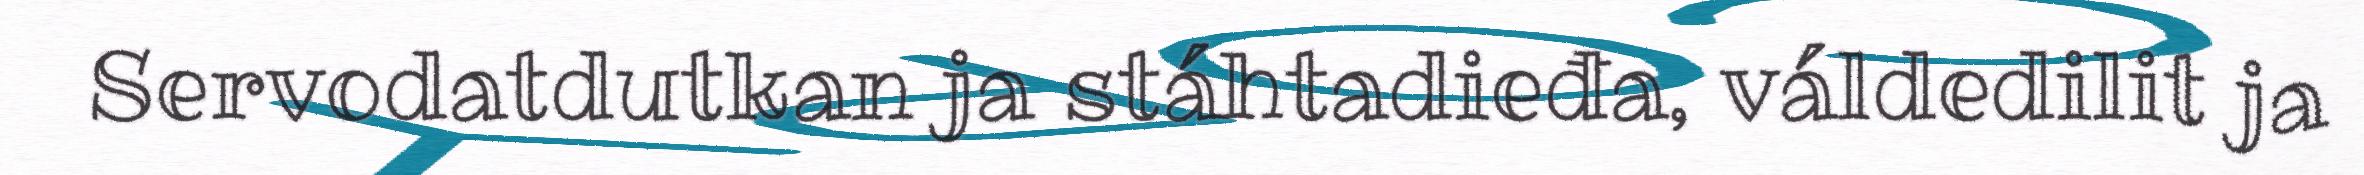
Servodatdutkan ja stáhtadieđa, váldedilit ja